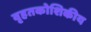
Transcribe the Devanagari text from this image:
वृहतकोशिकीय